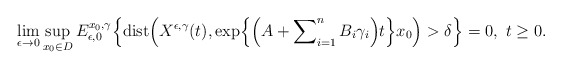
\begin{align*}\lim_{\epsilon \rightarrow 0} \sup_{x_0 \in D} E_{\epsilon,0}^{x_0,\gamma} \Bigl\{ \operatorname{dist} \Bigl(X^{\epsilon,\gamma}(t), \exp \Bigl\{\Bigl( A + \sum\nolimits_{i=1}^n B_i \gamma_i\Bigr)t\Bigr\}x_0 \Bigr) > \delta \Bigr\} = 0, \,\, t \ge 0. \end{align*}